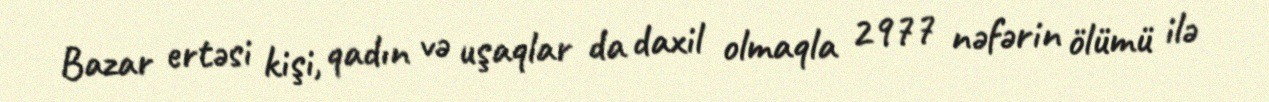
Bazar ertəsi kişi, qadın və uşaqlar da daxil olmaqla 2977 nəfərin ölümü ilə